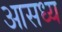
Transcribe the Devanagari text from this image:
आसध्य